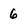
Character: 6